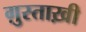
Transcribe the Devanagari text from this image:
ग़ुस्ताख़ी